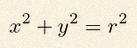
x^2+y^2=r^2